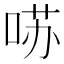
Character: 𱓁